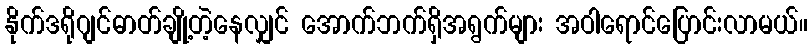
နိုက်ဒရိုဂျင်ဓာတ်ချို့တဲ့နေလျှင် အောက်ဘက်ရှိအရွက်များ အဝါရောင်ပြောင်းလာမယ်။